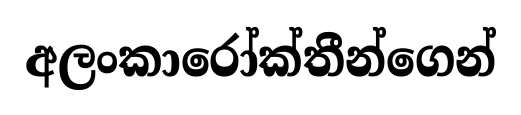
අලංකාරෝක්තීන්ගෙන්